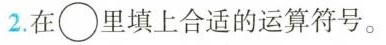
2.在\circ里填上合适的运算符号。